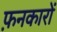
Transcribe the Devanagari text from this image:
फ़नकारों